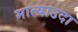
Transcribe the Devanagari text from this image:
मात्याउदा